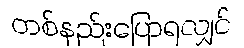
တစ်နည်းပြောရလျှင်